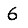
Digit: 6